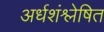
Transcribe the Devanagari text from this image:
अर्धशंश्लेषित